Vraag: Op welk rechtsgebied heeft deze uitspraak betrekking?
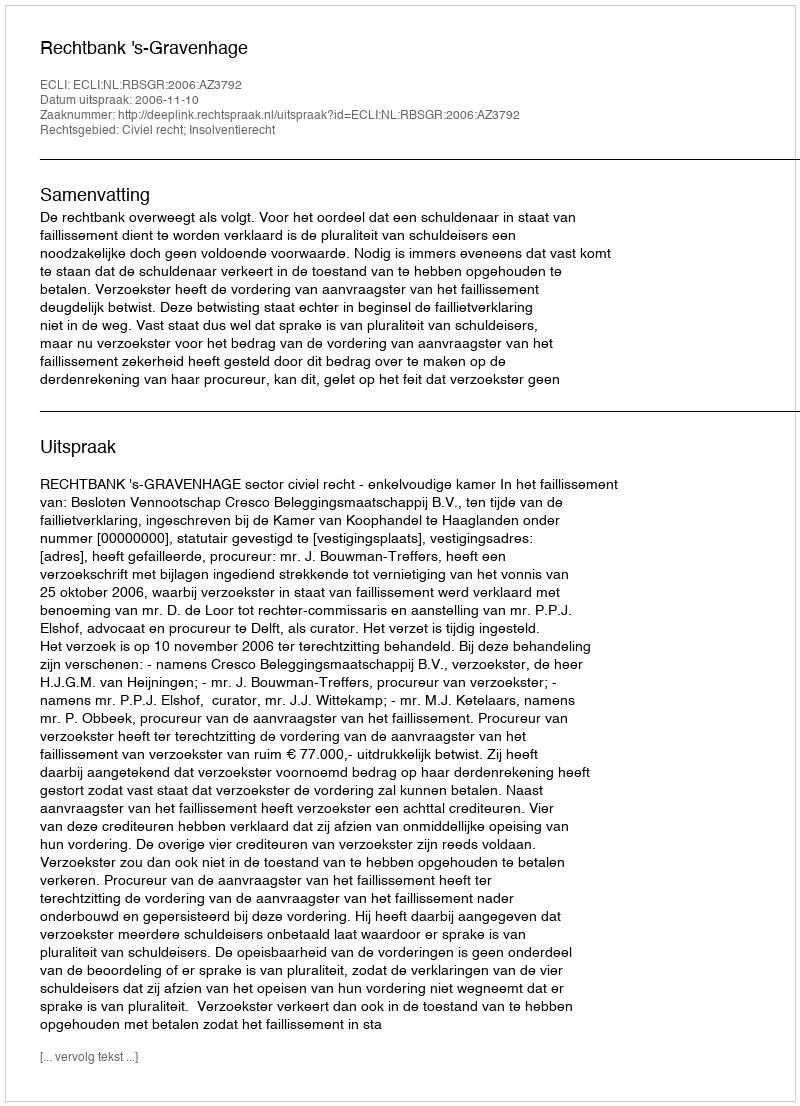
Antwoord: Civiel recht; Insolventierecht